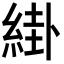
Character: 𦁊